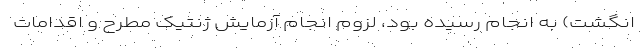
انگشت) به انجام رسيده بود، لزوم انجام آزمايش ژنتيک مطرح و اقدامات